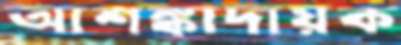
আশঙ্কাদায়ক